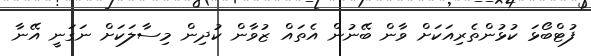
ފުޓްބޯޅަ ކުޅުންތެރިއަކަށް ވާން ބޭނުން އެތައް ޒުވާން ކުދިން މިސާލަކަށް ނަގަނީ އޭނާ